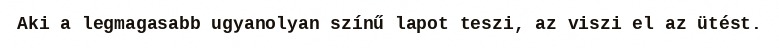
Aki a legmagasabb ugyanolyan színű lapot teszi, az viszi el az ütést.